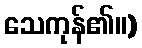
သေကုန်၏။)